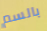
بالسم